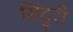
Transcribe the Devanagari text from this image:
सिंदुरी